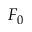
F _ { 0 }